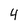
Character: 4